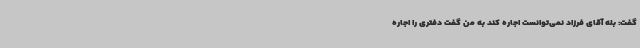
گفت: بله آقای فرزاد نمی‌توانست اجاره کند به من گفت دفتری را اجاره